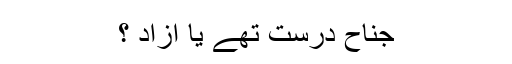
جناح درست تھے یا آزاد ؟